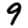
Digit: 9